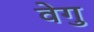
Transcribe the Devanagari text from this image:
वेगु